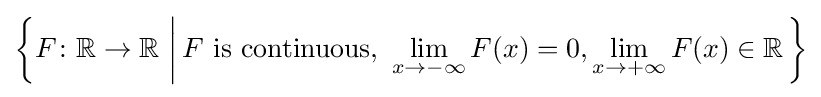
\left\{F\colon \mathbb {R} \to \mathbb {R} \,\left|\,F{\text{ is continuous, }}\lim _{x\to -\infty }F(x)=0,\lim _{x\to +\infty }F(x)\in \mathbb {R} \right.\right\}